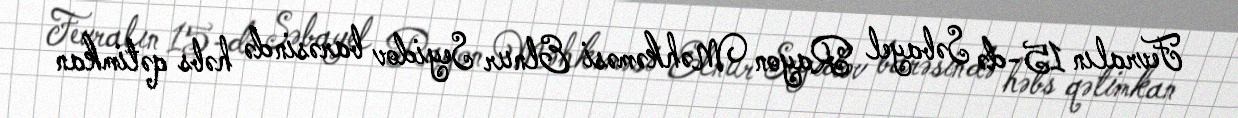
Fevralın 15-də Səbayel Rayon Məhkəməsi Elnur Seyidov barəsində həbs qətimkan